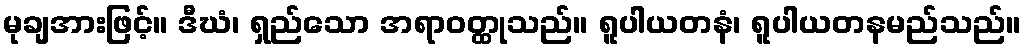
မုချအားဖြင့်။ ဒီဃံ၊ ရှည်သော အရာဝတ္ထုသည်။ ရူပါယတနံ၊ ရူပါယတနမည်သည်။